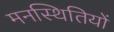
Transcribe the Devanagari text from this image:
मनस्थितियों